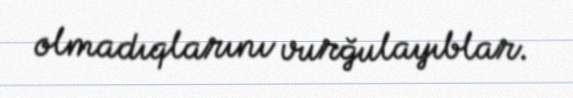
olmadıqlarını vurğulayıblar.